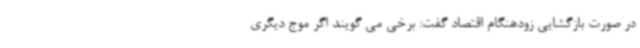
در صورت بازگشایی زودهنگام اقتصاد گفت: برخی می گویند اگر موج دیگری